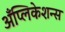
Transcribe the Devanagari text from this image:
अँप्लिकेशन्स